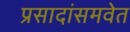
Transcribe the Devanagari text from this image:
प्रसादांसमवेत